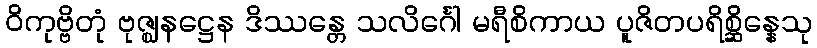
ဝိကုဗ္ဗိတုံ ဗုဇ္ဈနဋ္ဌေန ဒိဿန္တေ သလိင်္ဂေါ မရီစိကာယ ပူဇိတပရိစ္ဆိန္နေသု